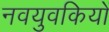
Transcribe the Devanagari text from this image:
नवयुवकियों